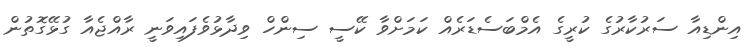
އިންޑިއާ ސަރުކާރުގެ ކުރީގެ އެމްބަސެޑަރެއް ކަމަށްވާ ކޭސީ ސިންހް ވިދާޅުވެފައިވަނީ ރާއްޖެއާ ގުޅޭގޮތުން